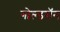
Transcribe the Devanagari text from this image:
गोल्डमॅन